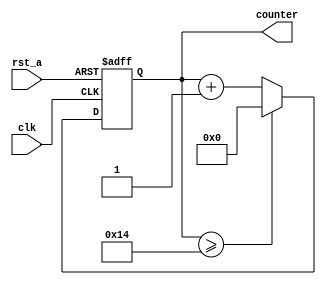
module ResolutionCounter #(parameter c_max = 20)(
	input clk, rst_a,
	output reg [14:0] counter
);

always @(posedge clk or negedge rst_a)
	begin
		if(!rst_a)
			begin
				counter <= 0;
			end
		else
			begin
				if(counter >= c_max)
					begin
						counter <= 0;
					end
				else
					begin
						counter <= counter + 1;
					end
			end
	end 
endmodule